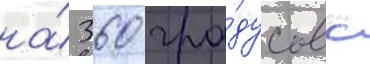
на́ 360 гра́дусов с